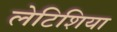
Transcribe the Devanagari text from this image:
लेटिशिया